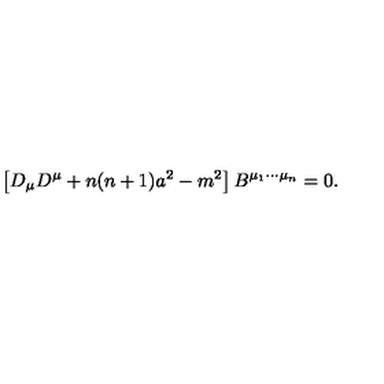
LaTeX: \left[ D _ { \mu } D ^ { \mu } + n ( n + 1 ) a ^ { 2 } - m ^ { 2 } \right] B ^ { \mu _ { 1 } \cdots \mu _ { n } } = 0 .